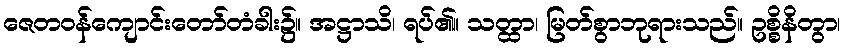
ဇေတဝန်ကျောင်းတော်တံခါး၌။ အဋ္ဌာသိ၊ ရပ်၏။ သတ္ထာ၊ မြတ်စွာဘုရားသည်။ ဥစ္စိနိတွာ၊